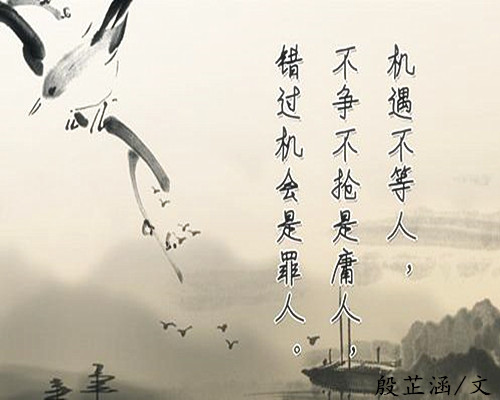
顺风而呼，声非加疾也，而闻者彰。